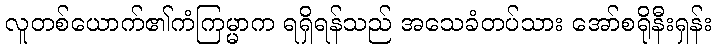
လူတစ်ယောက်၏ကံကြမ္မာက ရရှိရန်သည် အသေခံတပ်သား အော်စရိုနီးရှန်း